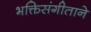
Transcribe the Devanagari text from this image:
भक्तिसंगीताने